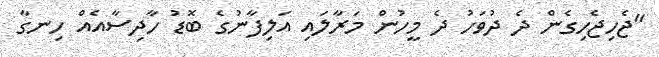
"ޖެހިޖެހިގެން ދެ ދުވަހު ދެ މީހުން މަރާލައި އަލިފާނުގެ ބޮޑު ހާދިސާއެއް ހިނގާ